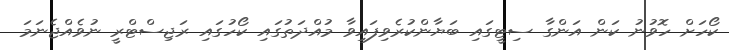
ކޯހަށް ހޮވުނު ކަން އަންގާ ސިޓީގައި ބަޔާންކުރެވިފައިވާ މުއްދަތުގައި ކޯހުގައި ރަޖިސްޓްރީ ނުވެއްޖެނަމަ